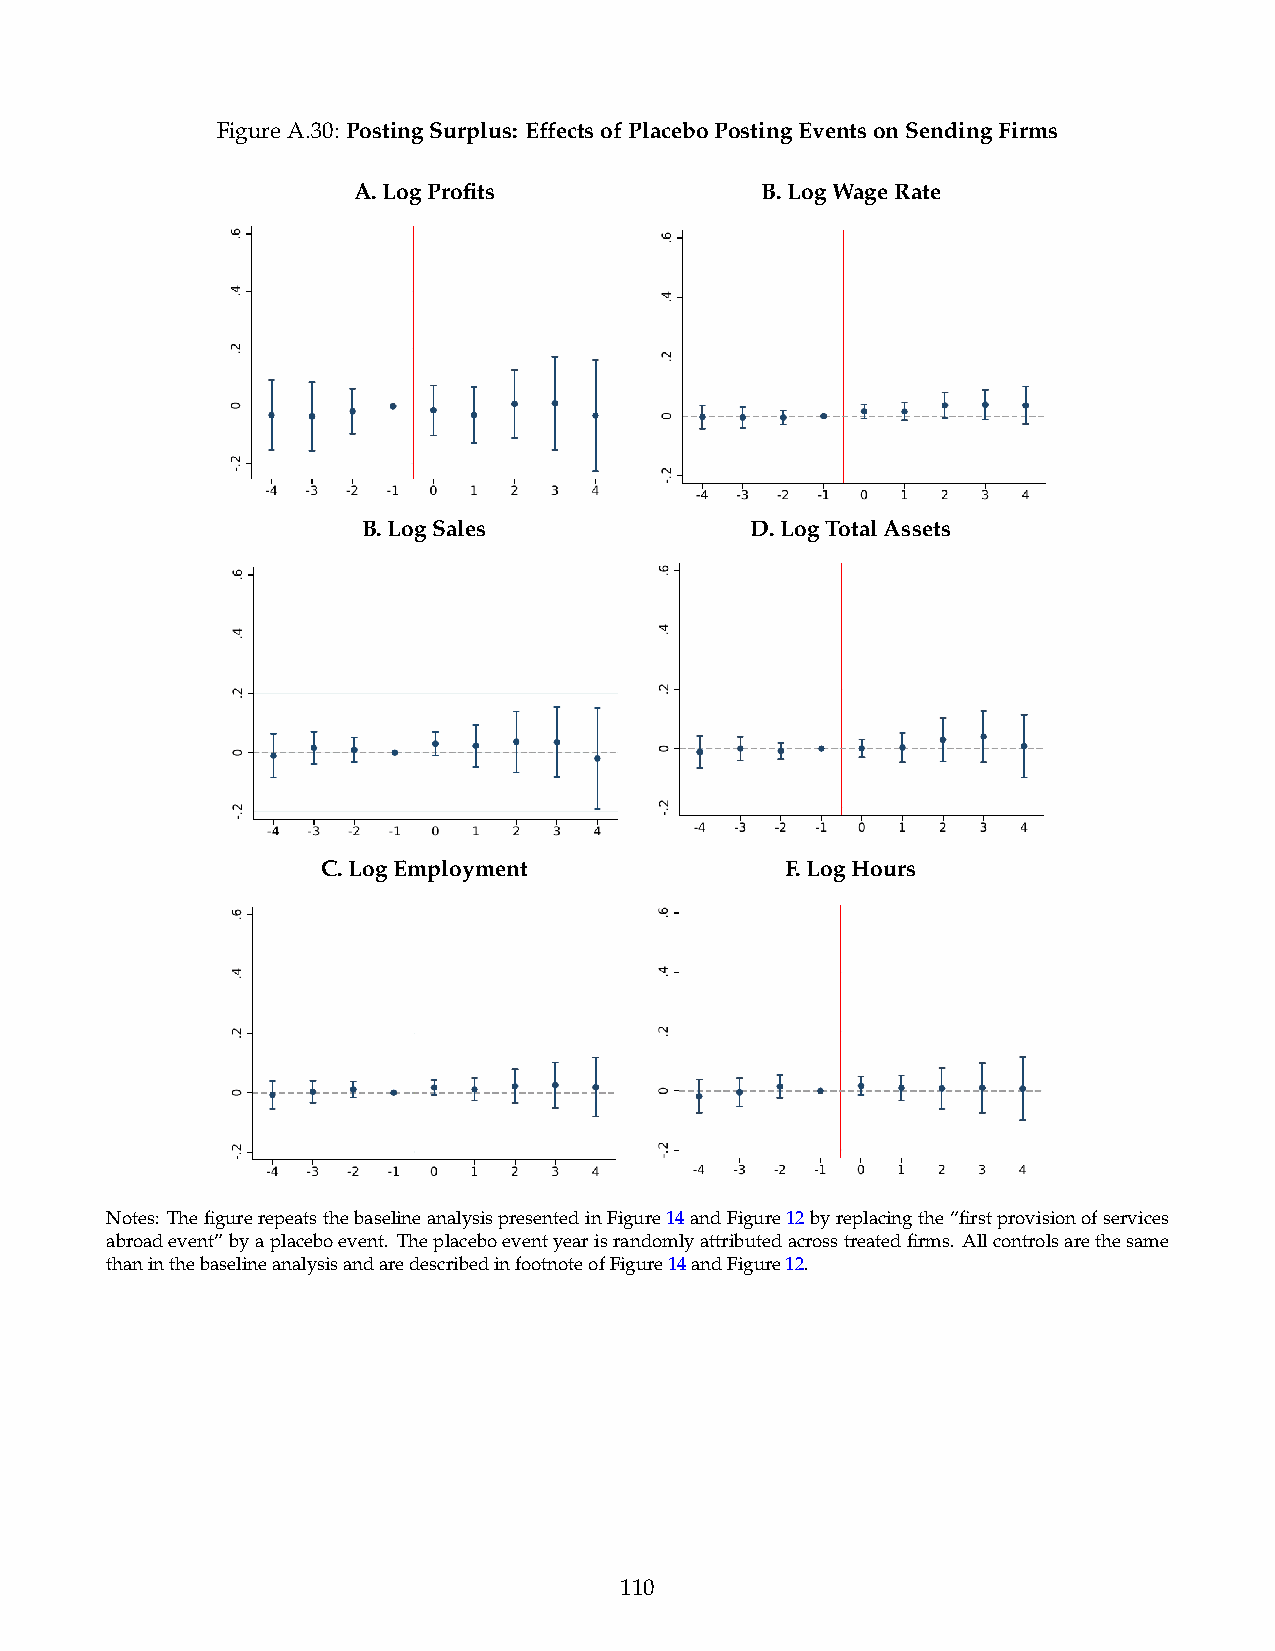
FigureA.30: PostingSurplus: EffectsofPlaceboPostingEventsonSendingFirms
 A.LogProfits               B.LogWageRate
 B.LogSales                D.LogTotalAssets
 C.LogEmployment                F.LogHours
 Notes: ThefigurerepeatsthebaselineanalysispresentedinFigure14andFigure12byreplacingthe“firstprovisionofservices
 abroadevent”byaplaceboevent. Theplaceboeventyearisrandomlyattributedacrosstreatedfirms. Allcontrolsarethesame
 thaninthebaselineanalysisandaredescribedinfootnoteofFigure14andFigure12.
 110